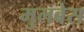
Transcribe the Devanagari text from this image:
मुलबेस